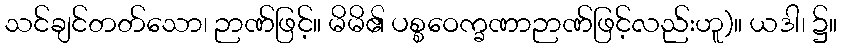
သင်ချင်တတ်သော၊ ဉာဏ်ဖြင့်။ မိမိ၏ ပစ္စဝေက္ခဏာဉာဏ်ဖြင့်လည်းဟူ)။ ယဒါ၊ ၌။